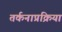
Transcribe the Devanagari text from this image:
तर्कनाप्रक्रिया